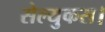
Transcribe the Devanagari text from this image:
सेल्युकस।